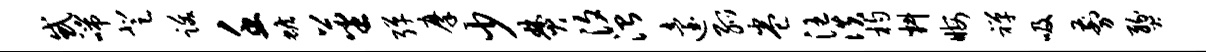
惑喘登跋壬蟾蕃弹摩少焚汐治迨弧卷汪佚杓料晦禅吸剪燹